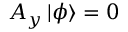
A _ { y } \mathinner { | { \phi } \rangle } = 0